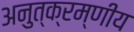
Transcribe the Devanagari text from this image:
अनुत्क्रम्णीय